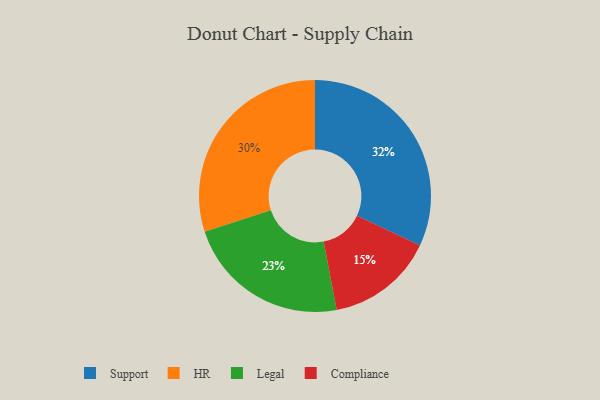
{"axis": {"x": "Category", "y": "Percentage"}, "legend": ["Compliance", "HR", "Legal", "Support"], "data": [{"x": "Compliance", "y": 15, "type": "Compliance"}, {"x": "HR", "y": 30, "type": "HR"}, {"x": "Legal", "y": 23, "type": "Legal"}, {"x": "Support", "y": 32, "type": "Support"}]}